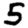
Digit: 5